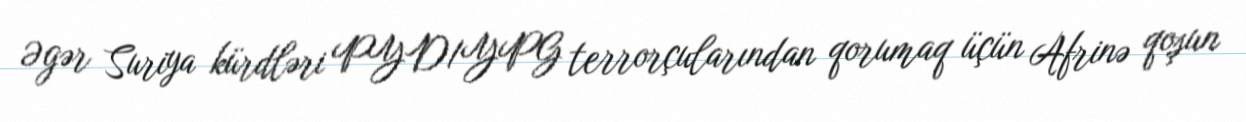
Əgər Suriya kürdləri PYD/YPG terrorçularından qorumaq üçün Afrinə qoşun